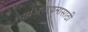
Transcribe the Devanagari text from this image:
स्वयंअध्ययनासाठी